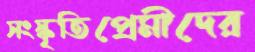
সংস্কৃতিপ্রেমীদের